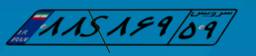
۸۸S۸۶۹۵۹